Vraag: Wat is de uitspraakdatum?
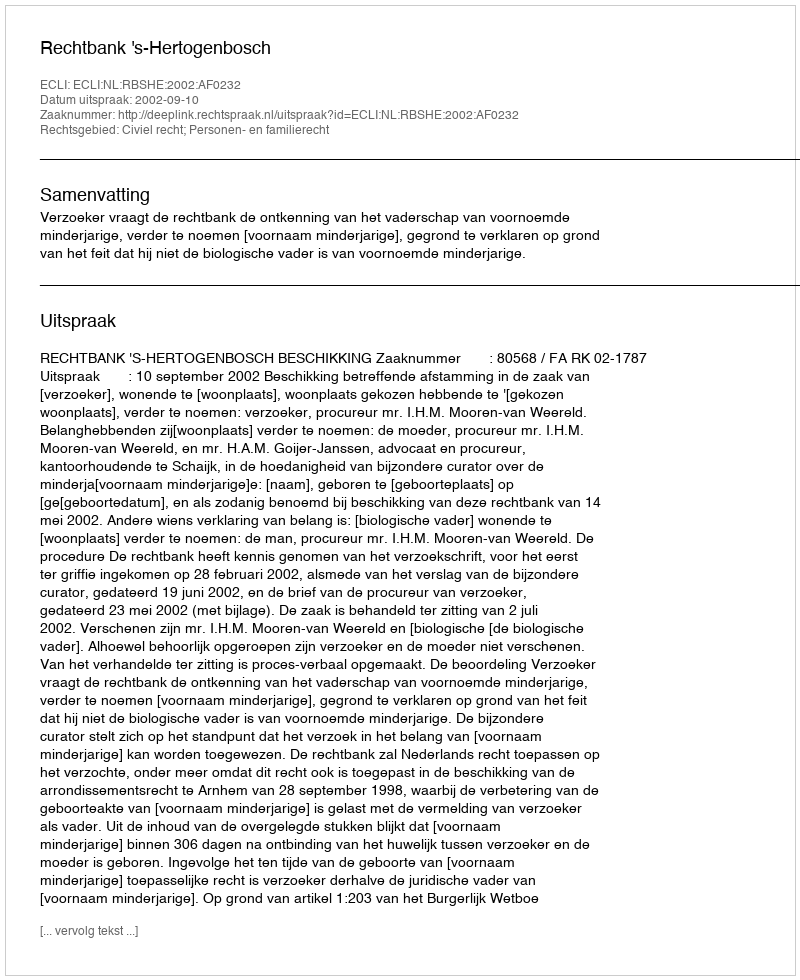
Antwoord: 2002-09-10